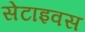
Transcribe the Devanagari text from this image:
सेटाइवस